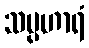
သမ္ပဟာရံ